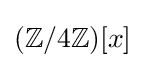
(\mathbb {Z} /4\mathbb {Z} )[x]